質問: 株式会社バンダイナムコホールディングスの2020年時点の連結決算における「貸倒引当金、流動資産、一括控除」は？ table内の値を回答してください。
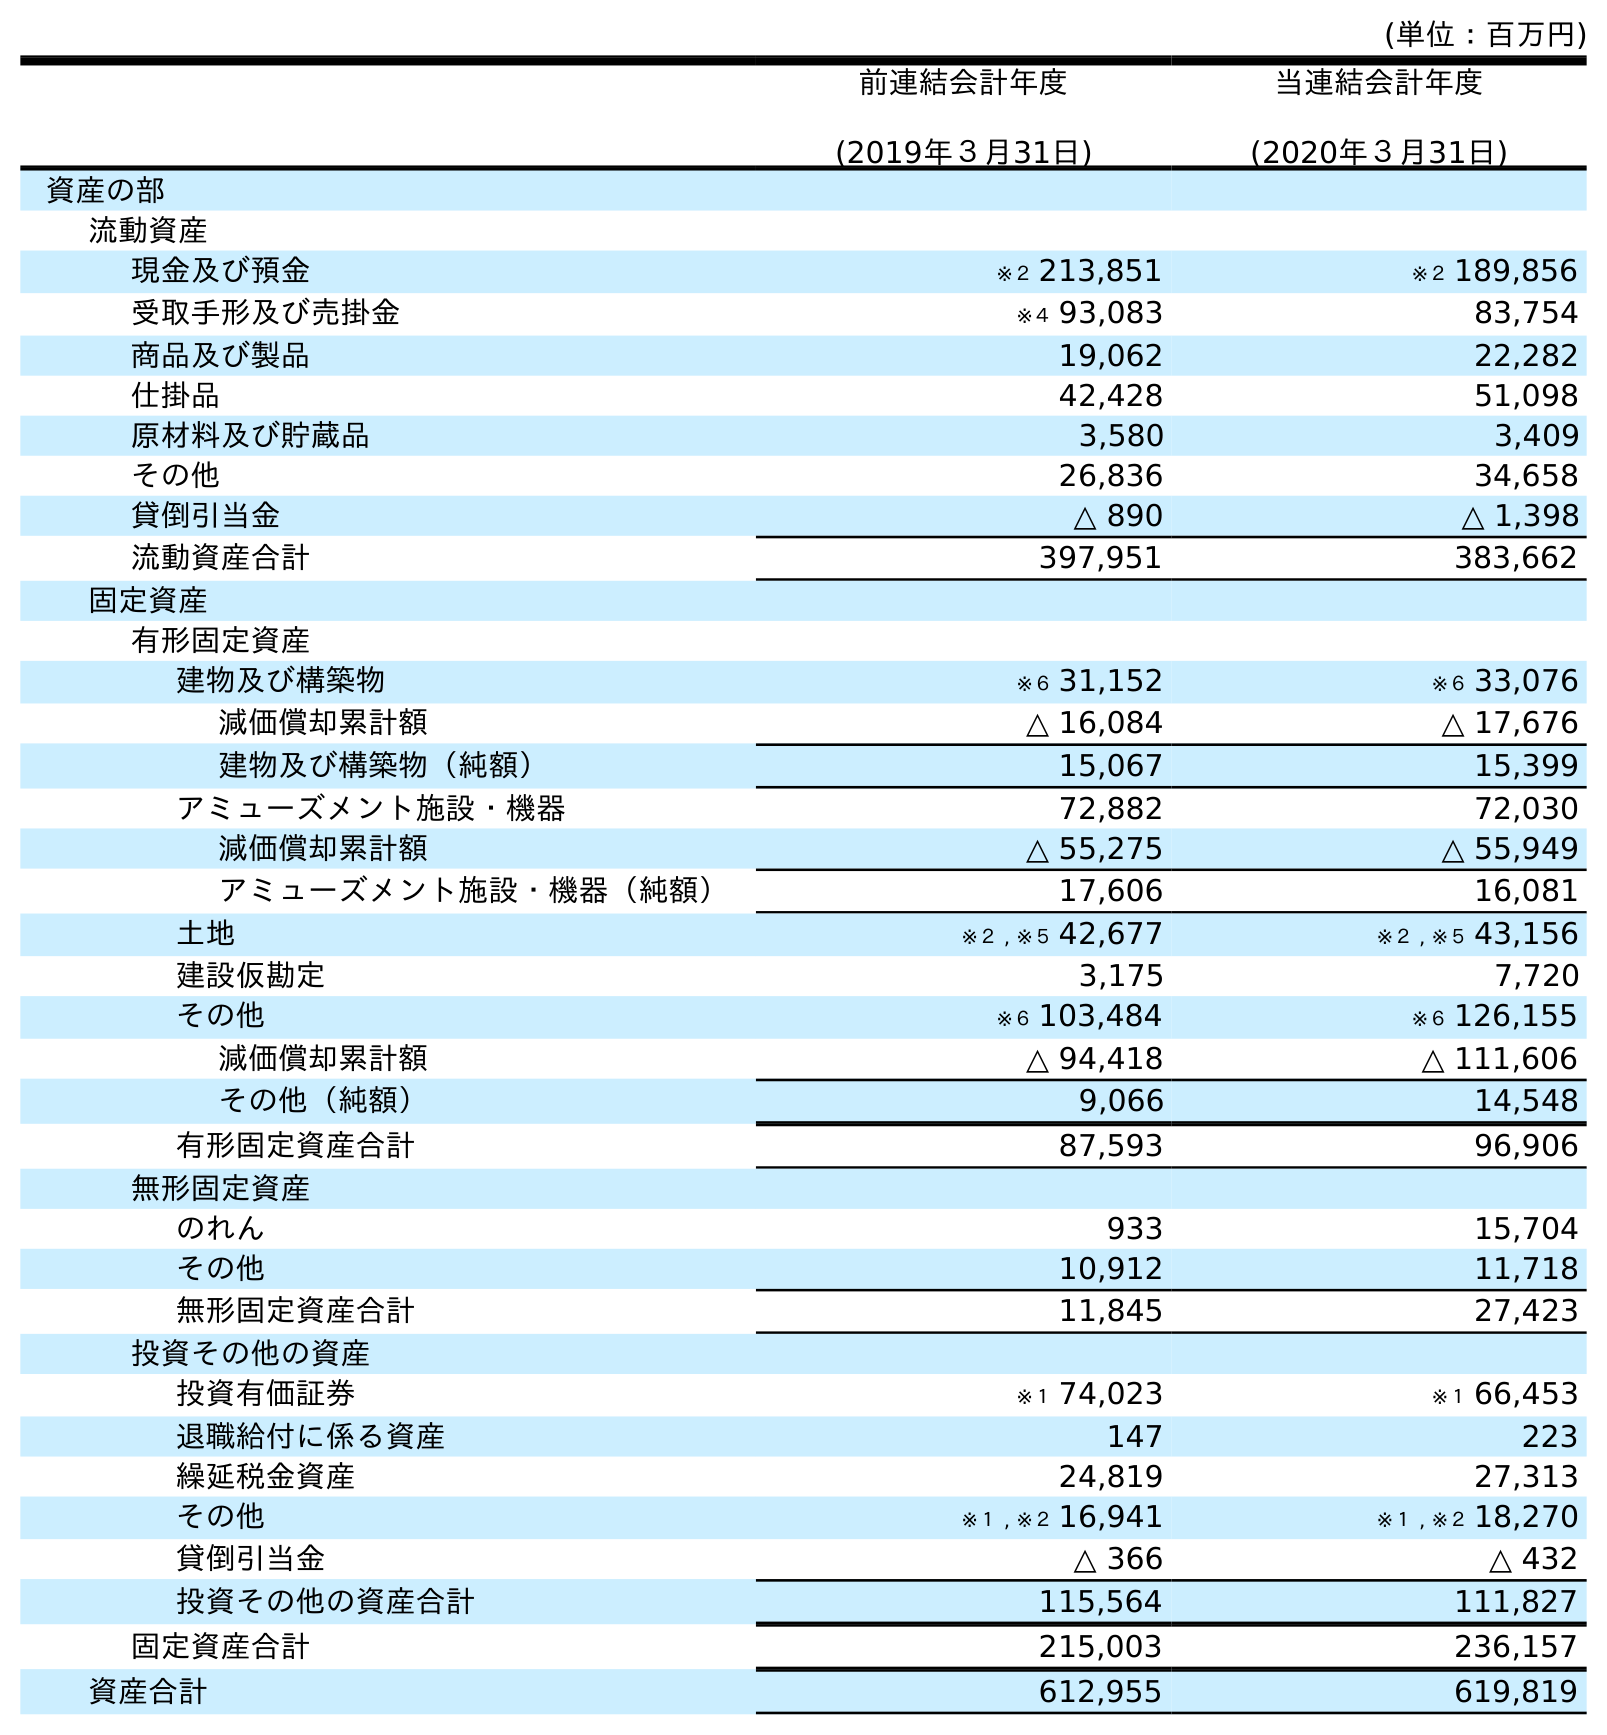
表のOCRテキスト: (単位：百万円) 前連結会計年度 (2019年３月31日) 当連結会計年度 (2020年３月31日) 資産の部 流動資産 現金及び預金 ※２ 213,851 ※２ 189,856 受取手形及び売掛金 ※４ 93,083 83,754 商品及び製品 19,062 22,282 仕掛品 42,428 51,098 原材料及び貯蔵品 3,580 3,409 その他 26,836 34,658 貸倒引当金 △ 890 △ 1,398 流動資産合計 397,951 383,662 固定資産 有形固定資産 建物及び構築物 ※６ 31,152 ※６ 33,076 減価償却累計額 △ 16,084 △ 17,676 建物及び構築物（純額） 15,067 15,399 アミューズメント施設・機器 72,882 72,030 減価償却累計額 △ 55,275 △ 55,949 アミューズメント施設・機器（純額） 17,606 16,081 土地 ※２ , ※５ 42,677 ※２ , ※５ 43,156 建設仮勘定 3,175 7,720 その他 ※６ 103,484 ※６ 126,155 減価償却累計額 △ 94,418 △ 111,606 その他（純額） 9,066 14,548 有形固定資産合計 87,593 96,906 無形固定資産 のれん 933 15,704 その他 10,912 11,718 無形固定資産合計 11,845 27,423 投資その他の資産 投資有価証券 ※１ 74,023 ※１ 66,453 退職給付に係る資産 147 223 繰延税金資産 24,819 27,313 その他 ※１ , ※２ 16,941 ※１ , ※２ 18,270 貸倒引当金 △ 366 △ 432 投資その他の資産合計 115,564 111,827 固定資産合計 215,003 236,157 資産合計 612,955 619,819
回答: △1,398